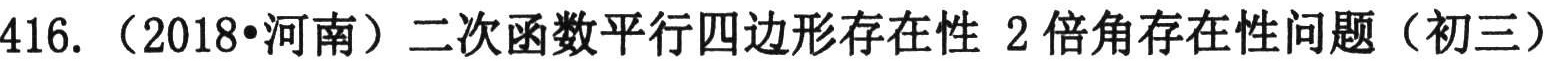
416. （2018•河南）二次函数平行四边形存在性 2倍角存在性问题（初三）